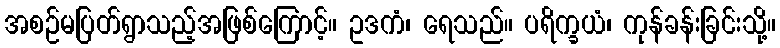
အစဉ်မပြတ်ရွာသည့်အဖြစ်ကြောင့်။ ဥဒကံ၊ ရေသည်။ ပရိက္ခယံ၊ ကုန်ခန်းခြင်းသို့။